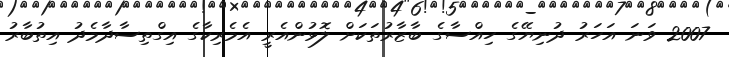
2007 ވަނަ އަހަރު ދުނިޔޭގެ ހިއްސާގެ ބާޒާރުތަކަށް ލޮޅުންއެރީ އެމެރިކާގެ އިގްތިސާދާމެދު އިތުބާރު